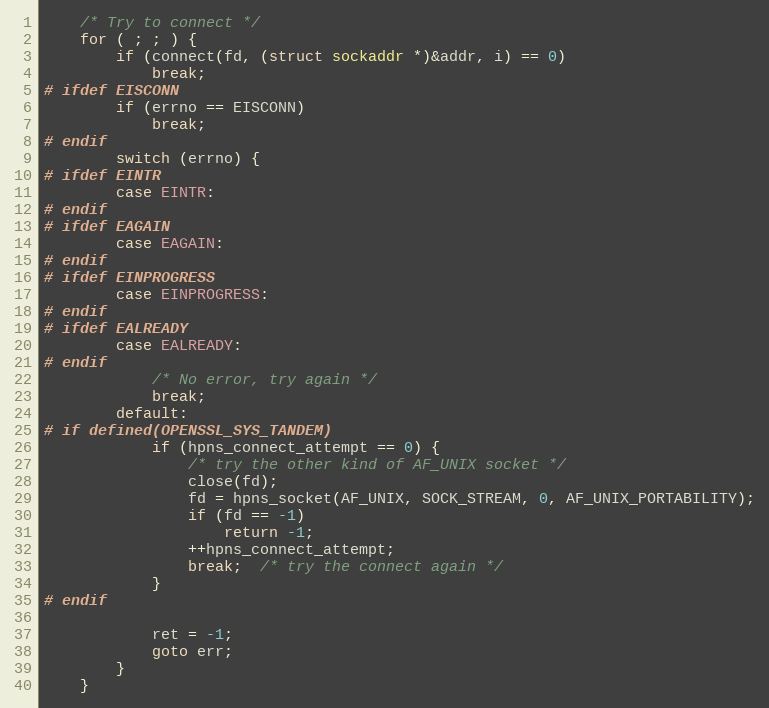
Language: C
    /* Try to connect */
    for ( ; ; ) {
        if (connect(fd, (struct sockaddr *)&addr, i) == 0)
            break;
# ifdef EISCONN
        if (errno == EISCONN)
            break;
# endif
        switch (errno) {
# ifdef EINTR
        case EINTR:
# endif
# ifdef EAGAIN
        case EAGAIN:
# endif
# ifdef EINPROGRESS
        case EINPROGRESS:
# endif
# ifdef EALREADY
        case EALREADY:
# endif
            /* No error, try again */
            break;
        default:
# if defined(OPENSSL_SYS_TANDEM)
            if (hpns_connect_attempt == 0) {
                /* try the other kind of AF_UNIX socket */
                close(fd);
                fd = hpns_socket(AF_UNIX, SOCK_STREAM, 0, AF_UNIX_PORTABILITY);
                if (fd == -1)
                    return -1;
                ++hpns_connect_attempt;
                break;  /* try the connect again */
            }
# endif

            ret = -1;
            goto err;
        }
    }